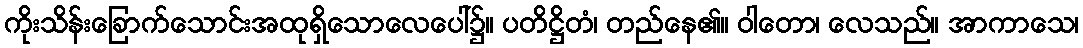
ကိုးသိန်းခြောက်သောင်းအထုရှိသောလေပေါ်၌။ ပတိဋ္ဌိတံ၊ တည်နေ၏။ ဝါတော၊ လေသည်။ အာကာသေ၊